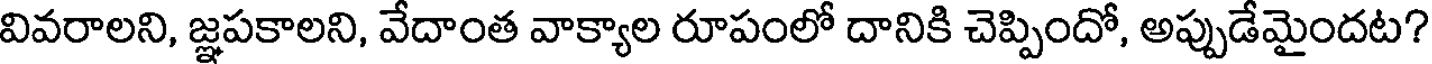
వివరాలని, జ్ఞపకాలని, వేదాంత వాక్యాల రూపంలో దానికి చెప్పిందో, అప్పుడేమైందట?